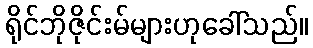
ရိုင်ဘိုဇိုင်းမ်များဟုခေါ်သည်။